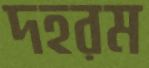
দহরম